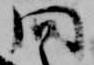
問